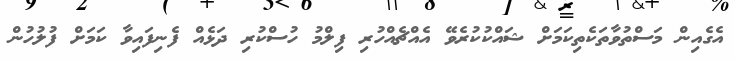
އެގެއިން މަސްތުވާތަކެތިކަމަށް ޝައްކުކުރެވޭ އެއްޗެއްހުރި ފިލްމު ހުސްކުރި ދަޅެއް ފެނިފައިވާ ކަމަށް ފުލުހުން